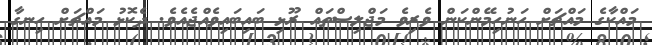
މައްކާގެ މައްޗަށް ހަނުހިމޭންކަން ވެރިވެ މަޖްލިސްތައް ރޫޅި ބައިބައިވެއްޖެއެވެ. ދެކޮޅު މައްޗަށް ހިނގާ